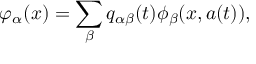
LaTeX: \varphi _ { \alpha } ( x ) = \sum _ { \beta } q _ { \alpha \beta } ( t ) \phi _ { \beta } ( x , a ( t ) ) ,